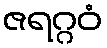
ဇရဂ္ဂဝံ